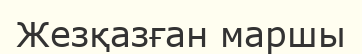
Жезқазған маршы